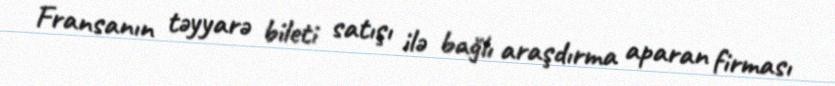
Fransanın təyyarə bileti satışı ilə bağlı araşdırma aparan firması